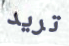
تريد